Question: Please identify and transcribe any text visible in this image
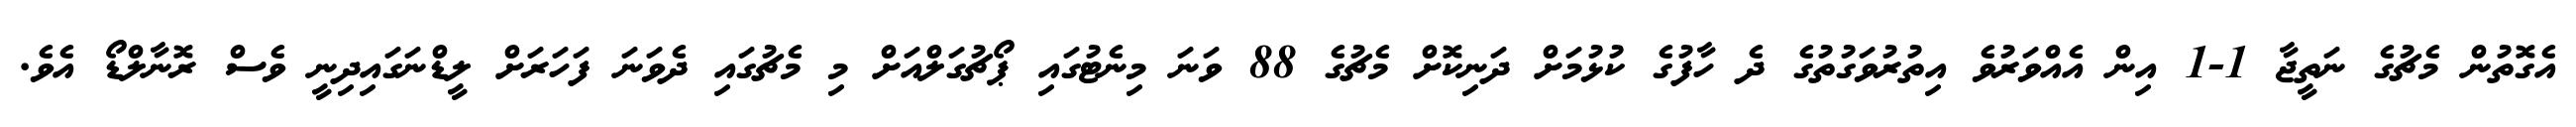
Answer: އެގޮތުން މެޗުގެ ނަތީޖާ 1-1 އިން އެއްވަރުވެ އިތުރުވަގުތުގެ ދެ ހާފުގެ ކުޅުމަށް ދަނިކޮށް މެޗުގެ 88 ވަނަ މިނެޓުގައި ޕޯޗުގަލްއަށް މި މެޗުގައި ދެވަނަ ފަހަރަށް ލީޑްނަގައިދިނީ ވެސް ރޮނާލްޑޯ އެވެ.